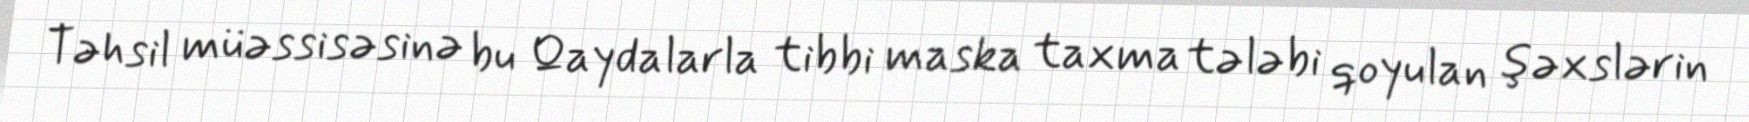
Təhsil müəssisəsinə bu Qaydalarla tibbi maska taxma tələbi qoyulan şəxslərin